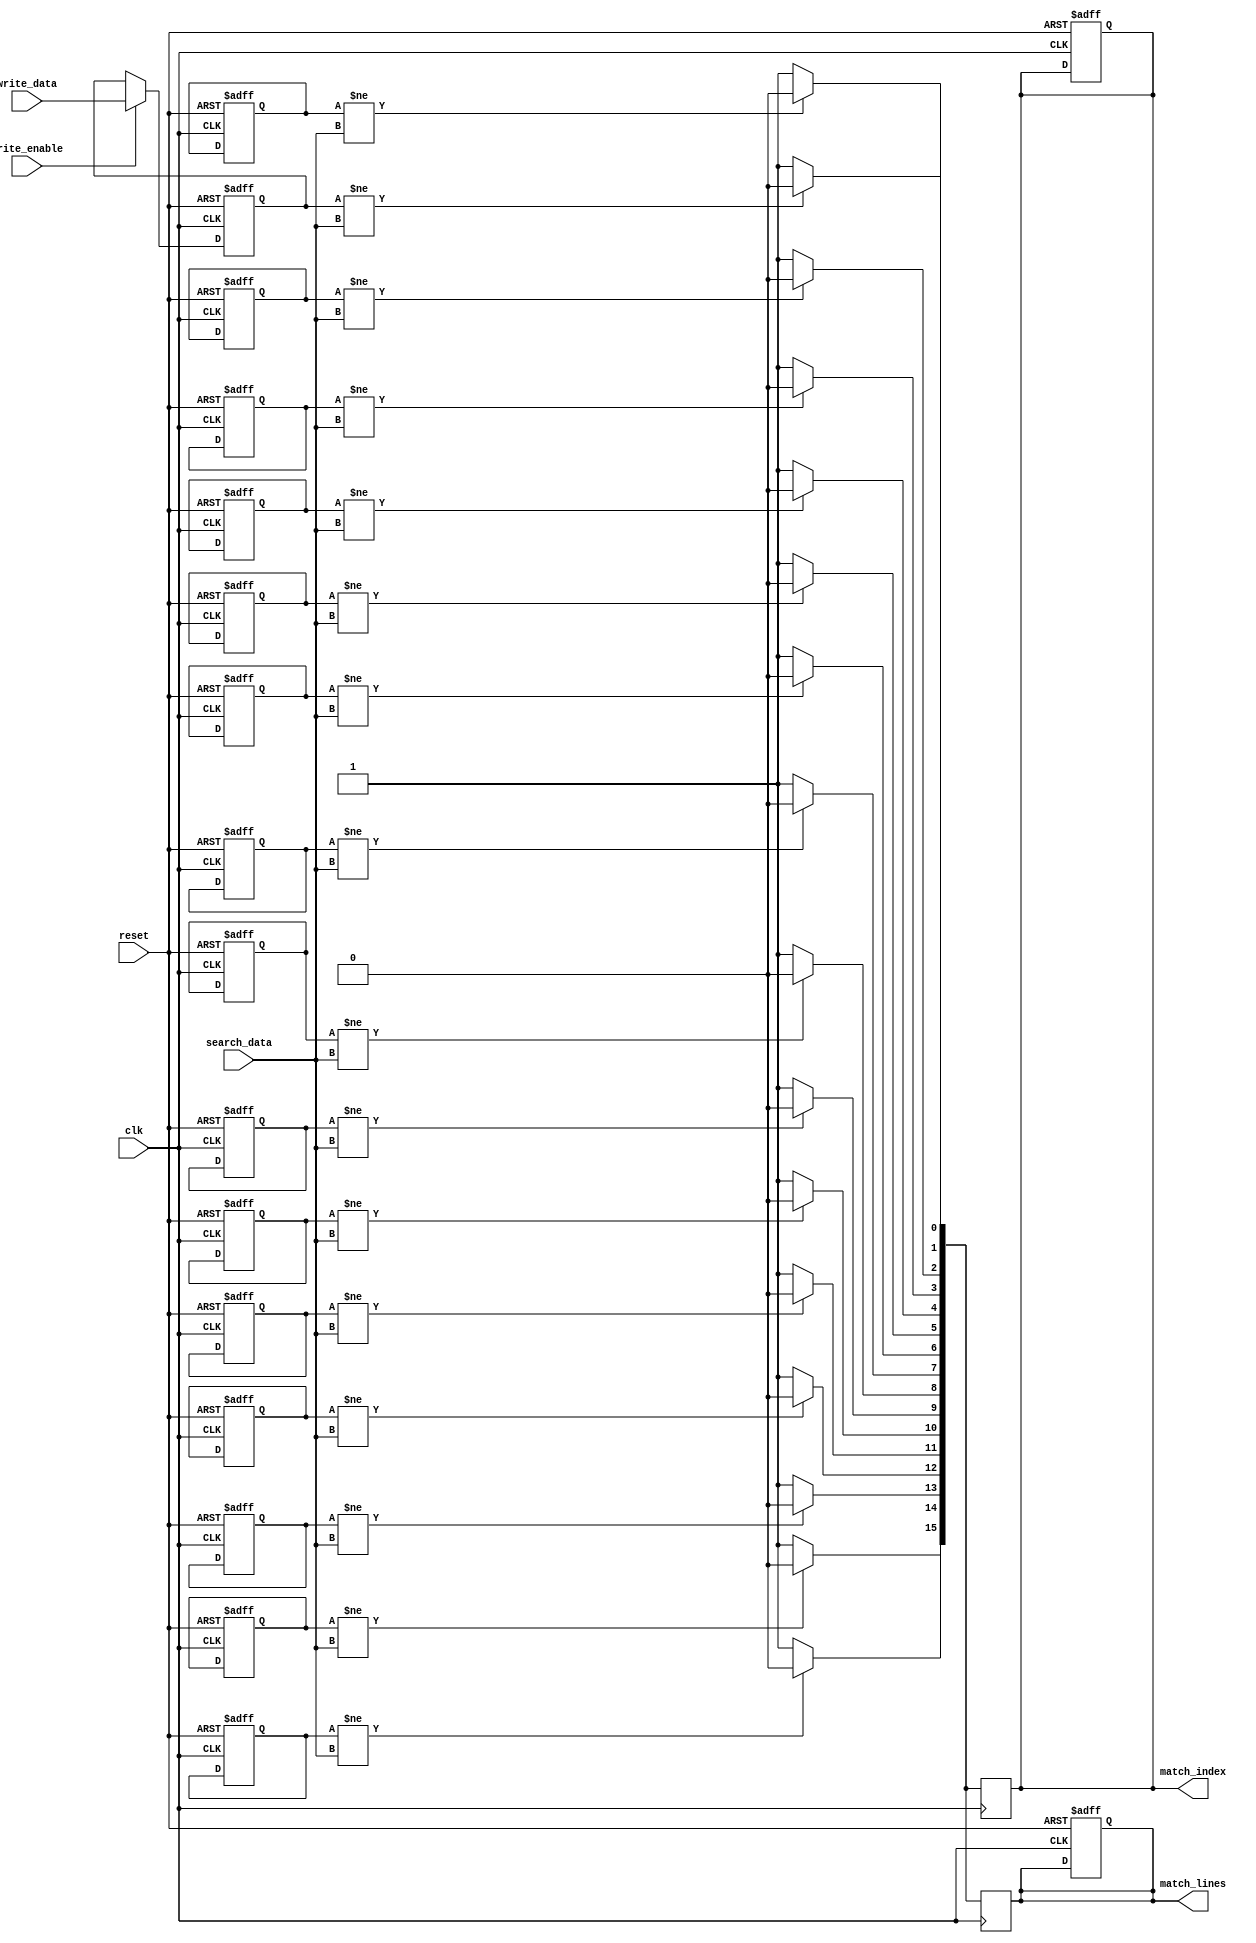
module flash_based_cam #(
    parameter DATA_WIDTH = 8,  // Width of each stored word
    parameter NUM_WORDS = 16    // Number of words in the CAM
)(
    input wire clk,
    input wire reset,
    input wire [DATA_WIDTH-1:0] search_data, // Data to search
    input wire write_enable,                   // Write enable signal
    input wire [DATA_WIDTH-1:0] write_data,   // Data to write
    output reg [NUM_WORDS-1:0] match_lines,   // Match lines output
    output reg [NUM_WORDS-1:0] match_index     // Index of the matching entry
);

    // Data storage array (CAM array)
    reg [DATA_WIDTH-1:0] cam_array [0:NUM_WORDS-1];

    // Internal signals
    reg [NUM_WORDS-1:0] temp_match_lines;
    integer i;

    // Write operation
    always @(posedge clk or posedge reset) begin
        if (reset) begin
            // Reset CAM array
            for (i = 0; i < NUM_WORDS; i = i + 1) begin
                cam_array[i] <= {DATA_WIDTH{1'b0}};
            end
            match_lines <= {NUM_WORDS{1'b0}};
            match_index <= {NUM_WORDS{1'b0}};
        end else if (write_enable) begin
            // Write data to CAM
            cam_array[0] <= write_data; // For simplicity, writing to the first entry
        end
    end

    // Search operation
    always @(posedge clk) begin
        temp_match_lines = {NUM_WORDS{1'b1}}; // Assume all match initially
        match_index = {NUM_WORDS{1'b0}}; // Reset match index

        for (i = 0; i < NUM_WORDS; i = i + 1) begin
            if (cam_array[i] != search_data) begin
                temp_match_lines[i] = 1'b0; // Clear match line if not matching
            end else begin
                match_index[i] = 1'b1; // Set match index for matching entry
            end
        end

        match_lines <= temp_match_lines; // Update match lines
    end

endmodule